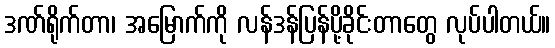
ဒဏ်ရိုက်တာ၊ အမြောက်ကို လန်ဒန်ပြန်ပို့ခိုင်းတာတွေ လုပ်ပါတယ်။